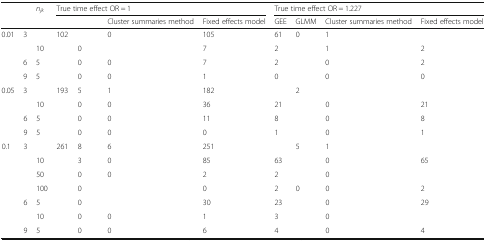
<table><thead><tr><td rowspan="2">[EMPTY_CELL]</td><td rowspan="2">[EMPTY_CELL]</td><td rowspan="2"><b><i>n</i><sub><i>jk</i></sub></b></td><td colspan="4"><b>True time effect OR = 1</b></td><td colspan="4"><b>True time effect OR = 1.227</b></td></tr><tr><td>[EMPTY_CELL]</td><td>[EMPTY_CELL]</td><td><b>Cluster summaries method</b></td><td><b>Fixed effects model</b></td><td><b>GEE</b></td><td><b>GLMM</b></td><td><b>Cluster summaries method</b></td><td><b>Fixed effects model</b></td></tr></thead><tbody><tr><td rowspan="4">0.01</td><td>3</td><td>[EMPTY_CELL]</td><td>102</td><td>[EMPTY_CELL]</td><td>0</td><td>105</td><td>61</td><td>0</td><td>1</td><td>[EMPTY_CELL]</td></tr><tr><td>[EMPTY_CELL]</td><td>10</td><td>[EMPTY_CELL]</td><td>0</td><td>[EMPTY_CELL]</td><td>7</td><td>2</td><td>[EMPTY_CELL]</td><td>1</td><td>2</td></tr><tr><td>6</td><td>5</td><td>[EMPTY_CELL]</td><td>0</td><td>0</td><td>7</td><td>2</td><td>[EMPTY_CELL]</td><td>0</td><td>2</td></tr><tr><td>9</td><td>5</td><td>[EMPTY_CELL]</td><td>0</td><td>0</td><td>1</td><td>0</td><td>[EMPTY_CELL]</td><td>0</td><td>0</td></tr><tr><td rowspan="4">0.05</td><td>3</td><td>[EMPTY_CELL]</td><td>193</td><td>5</td><td>1</td><td>182</td><td>[EMPTY_CELL]</td><td>2</td><td>[EMPTY_CELL]</td><td>[EMPTY_CELL]</td></tr><tr><td>[EMPTY_CELL]</td><td>10</td><td>[EMPTY_CELL]</td><td>0</td><td>0</td><td>36</td><td>21</td><td>[EMPTY_CELL]</td><td>0</td><td>21</td></tr><tr><td>6</td><td>5</td><td>[EMPTY_CELL]</td><td>0</td><td>0</td><td>11</td><td>8</td><td>[EMPTY_CELL]</td><td>0</td><td>8</td></tr><tr><td>9</td><td>5</td><td>[EMPTY_CELL]</td><td>0</td><td>0</td><td>0</td><td>1</td><td>[EMPTY_CELL]</td><td>0</td><td>1</td></tr><tr><td rowspan="7">0.1</td><td>3</td><td>[EMPTY_CELL]</td><td>261</td><td>8</td><td>6</td><td>251</td><td>[EMPTY_CELL]</td><td>5</td><td>1</td><td>[EMPTY_CELL]</td></tr><tr><td>[EMPTY_CELL]</td><td>10</td><td>[EMPTY_CELL]</td><td>3</td><td>0</td><td>85</td><td>63</td><td>[EMPTY_CELL]</td><td>0</td><td>65</td></tr><tr><td>[EMPTY_CELL]</td><td>50</td><td>[EMPTY_CELL]</td><td>0</td><td>0</td><td>2</td><td>2</td><td>[EMPTY_CELL]</td><td>0</td><td>[EMPTY_CELL]</td></tr><tr><td>[EMPTY_CELL]</td><td>100</td><td>[EMPTY_CELL]</td><td>0</td><td>[EMPTY_CELL]</td><td>0</td><td>2</td><td>0</td><td>0</td><td>2</td></tr><tr><td>6</td><td>5</td><td>[EMPTY_CELL]</td><td>0</td><td>[EMPTY_CELL]</td><td>30</td><td>23</td><td>[EMPTY_CELL]</td><td>0</td><td>29</td></tr><tr><td>[EMPTY_CELL]</td><td>10</td><td>[EMPTY_CELL]</td><td>0</td><td>0</td><td>1</td><td>3</td><td>[EMPTY_CELL]</td><td>0</td><td>[EMPTY_CELL]</td></tr><tr><td>9</td><td>5</td><td>[EMPTY_CELL]</td><td>0</td><td>0</td><td>6</td><td>4</td><td>[EMPTY_CELL]</td><td>0</td><td>4</td></tr></tbody></table>